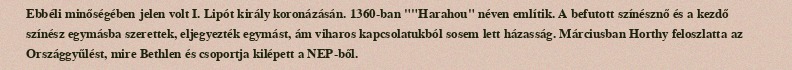
Ebbéli minőségében jelen volt I. Lipót király koronázásán. 1360-ban ""Harahou" néven említik. A befutott színésznő és a kezdő színész egymásba szerettek, eljegyezték egymást, ám viharos kapcsolatukból sosem lett házasság. Márciusban Horthy feloszlatta az Országgyűlést, mire Bethlen és csoportja kilépett a NEP-ből.